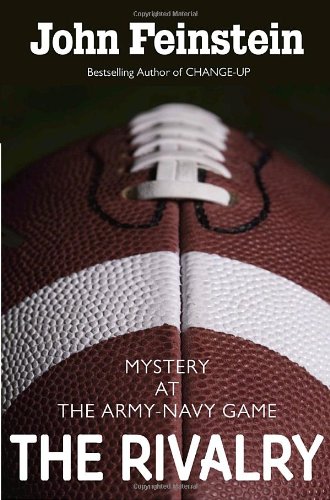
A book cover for The Rivalry: Mystery at the Army-Navy Game (The Sports Beat, 5); John Feinstein; Sports & Outdoors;